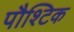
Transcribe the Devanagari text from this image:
पौश्टिक